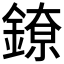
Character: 𬫴